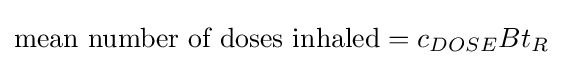
{\mbox{mean number of doses inhaled}}=c_{DOSE}Bt_{R}